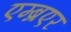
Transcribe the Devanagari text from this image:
एम्ब्रएर